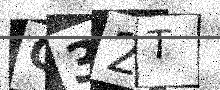
Text: O32T